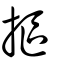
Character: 摳